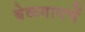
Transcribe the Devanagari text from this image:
बेळगावचें